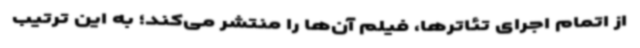
از اتمام اجرای تئاترها، فیلم آن‌ها را منتشر می‌کند؛ به این ترتیب